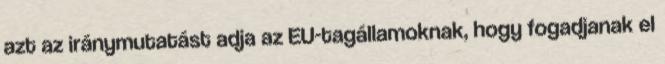
azt az iránymutatást adja az EU-tagállamoknak, hogy fogadjanak el